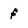
Character: f